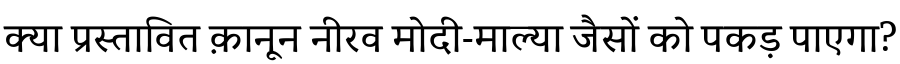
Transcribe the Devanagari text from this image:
क्या प्रस्तावित क़ानून नीरव मोदी-माल्या जैसों को पकड़ पाएगा?